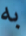
به